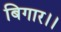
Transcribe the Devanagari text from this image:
बिगार।।